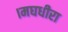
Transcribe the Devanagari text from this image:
।मघधीरा